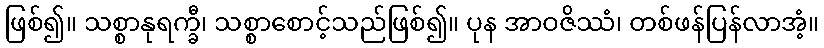
ဖြစ်၍။ သစ္စာနုရက္ခီ၊ သစ္စာစောင့်သည်ဖြစ်၍။ ပုန အာဝဇိဿံ၊ တစ်ဖန်ပြန်လာအံ့။